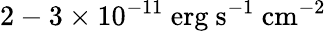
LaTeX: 2-3\times 10^{-11}\mathrm{{\ erg\ s^{-1}\ cm^{-2}}}